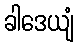
ခါဒေယျံ